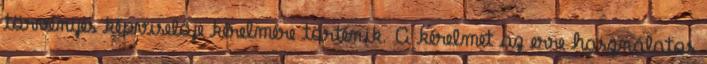
törvényes képviselője kérelmére történik. A kérelmet az erre használatos